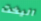
اليخت